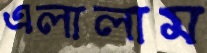
এলালাম